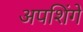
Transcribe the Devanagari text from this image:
अपशिंगे